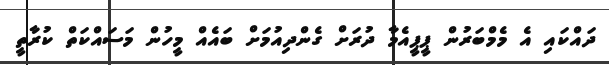
ދައްކައި އެ މެމްބަރުން ޕީޕީއެމާ ދުރަށް ގެންދިއުމަށް ބައެއް މީހުން މަސައްކަތް ކުރާތީ